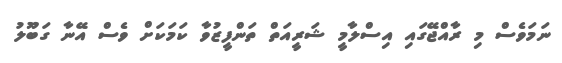
ނަމަވެސް މި ރާއްޖޭގައި އިސްލާމީ ޝަރީއަތް ތަންފީޒުވާ ކަމަކަށް ވެސް އޭނާ ގަބޫލު